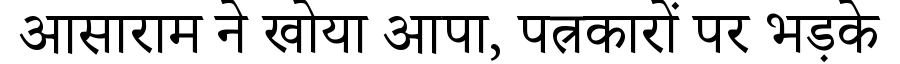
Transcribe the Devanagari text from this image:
आसाराम ने खोया आपा, पत्रकारों पर भड़के